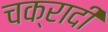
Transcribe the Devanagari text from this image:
चक्रादी